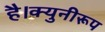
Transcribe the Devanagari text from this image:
है।क्युनीरूप